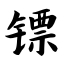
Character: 镖